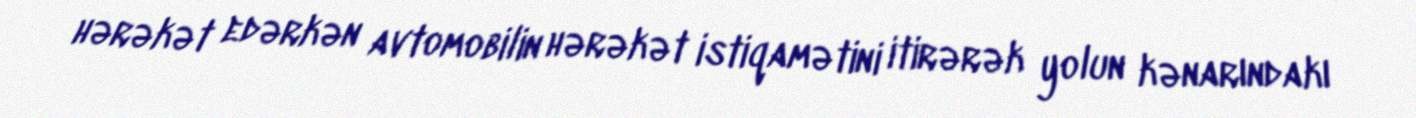
hərəkət edərkən avtomobilin hərəkət istiqamətini itirərək yolun kənarındakı